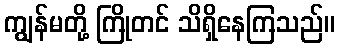
ကျွန်မတို့ ကြိုတင် သိရှိနေကြသည်။